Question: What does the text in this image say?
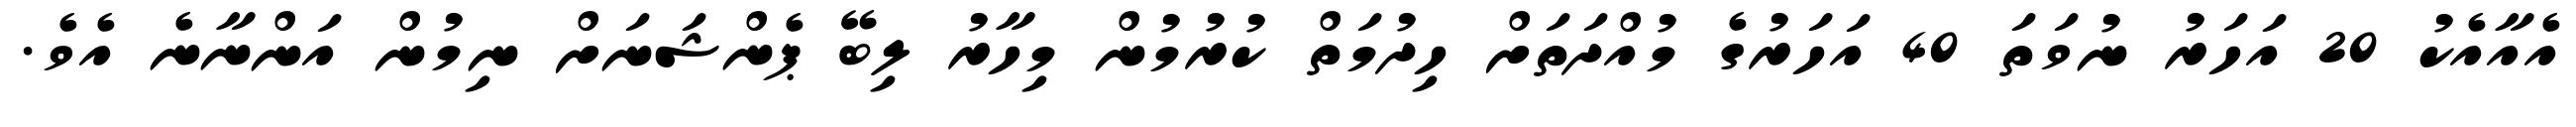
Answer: އެއާއެކު 20 އަހަރު ނުވަތަ 40 އަހަރުގެ މުއްދަތަށް ހިދުމަތް ކުރުމުން މިހާރު ލިބޭ ޕެންޝަނަށް ނިމުން އަންނާނެ އެވެ.